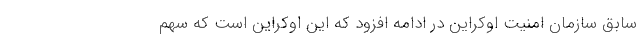
سابق سازمان امنیت اوکراین در ادامه افزود که این اوکراین است که سهم